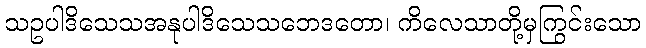
သဥပါဒိသေသအနုပါဒိသေသဘေဒတော၊ ကိလေသာတို့မှကြွင်းသော